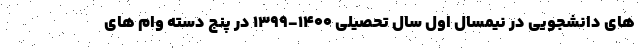
های دانشجویی در نیمسال اول سال تحصیلی ۱۴۰۰-۱۳۹۹ در پنج دسته وام های